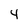
Character: 4